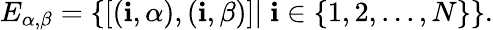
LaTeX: E_{\alpha,\beta}=\{ [(\mathbf{i},\alpha),(\mathbf{i},\beta)]|\; \mathbf{i}\in\{ 1,2,...,N\} \} .